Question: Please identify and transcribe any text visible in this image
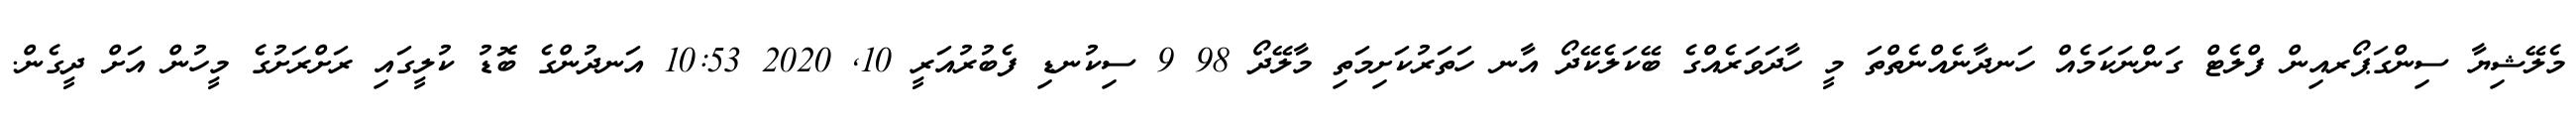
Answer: މެލޭޝިޔާ ސިންގަޕޯރއިން ފްލެޓް ގަންނަކަމެއް ހަނދާނެއްނެތްތަ މީ ހާދަވަރެއްގެ ބޭކަލެކޭދޯ އާނ ހަތަރުކަށިމަތި މާލޭދޯ 98 9 ސިކުނޑި ފެބުރުއަރީ 10, 2020 10:53 އަނދުންގެ ބޮޑު ކުލީގައި ރަށްރަށުގެ މީހުން އަށް ދީގެން.